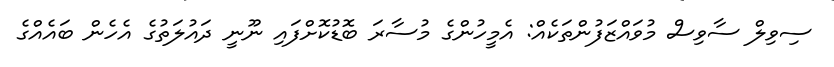
ސިވިލް ސާވިސް މުވައްޒަފުންތަކެއް: އެމީހުންގެ މުސާރަ ބޮޑުކޮށްފައި ނޫނީ ދައުލަތުގެ އެހެން ބައެއްގެ